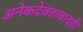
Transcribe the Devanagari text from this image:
अनेकदेवतावादही